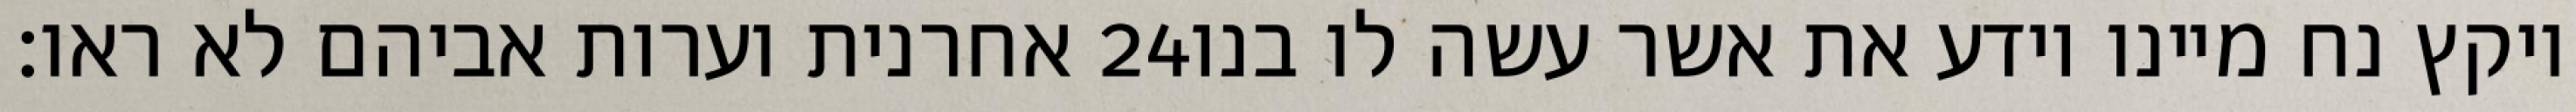
אחרנית וערות אביהם לא ראו׃ ‎24‏ ויקץ נח מיינו וידע את אשר עשה לו בנו